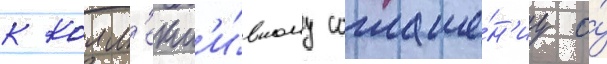
к колл'ект'и́вному соглаше́н'иу о́